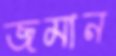
জমান